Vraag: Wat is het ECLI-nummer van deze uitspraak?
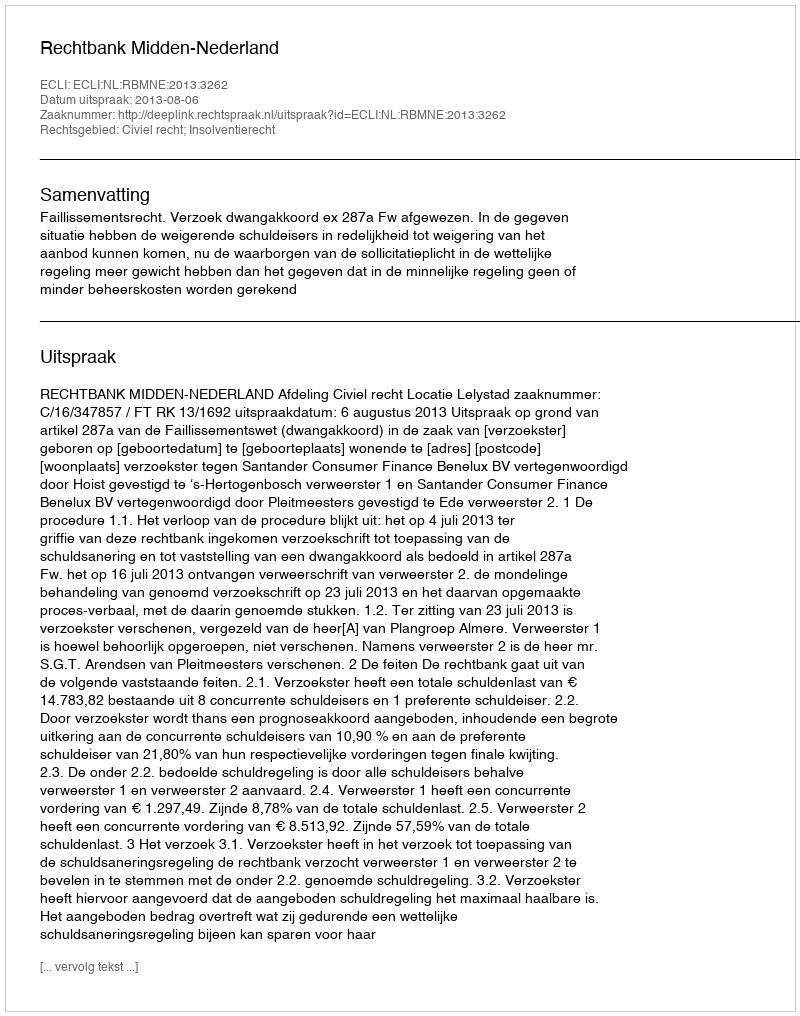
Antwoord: ECLI:NL:RBMNE:2013:3262